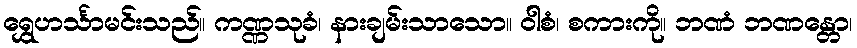
ရွှေဟင်္သာမင်းသည်။ ကဏ္ဏသုခံ၊ နားချမ်းသာသော။ ဝါစံ၊ စကားကို။ ဘဏံ ဘဏန္တော၊